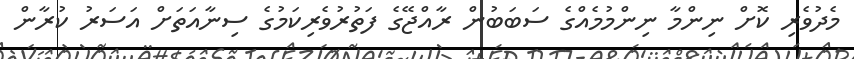
މެދުވެރި ކޮށް ނިންމާ ނިންމުމެއްގެ ސަބަބުން ރާއްޖޭގެ ފަތުރުވެރިކަމުގެ ސިނާއަތަށް އަސަރު ކުރާން